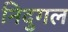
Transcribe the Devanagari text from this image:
निदुगल